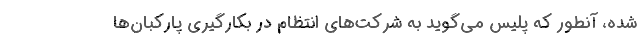
شده، آنطور که پلیس می‌گوید به شرکت‌های انتظام در بکارگیری پارکبان‌ها